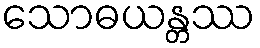
သောဓယန္တဿ